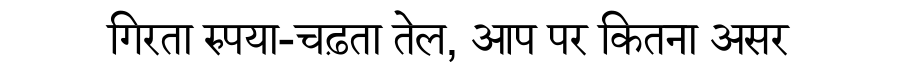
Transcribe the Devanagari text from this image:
गिरता रुपया-चढ़ता तेल, आप पर कितना असर